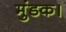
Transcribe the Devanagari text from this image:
मुंडक।